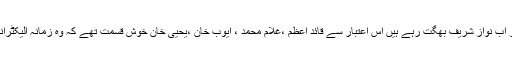
لیکن ایک بات قابل غور یہ ہے کہ الیکٹرانک میڈیا کو جس طرح پرویز مشرف،آصف علی زرداری اور اب نواز شریف بھگت رہے ہیں اس اعتبار سے قائد اعظم ،غلام محمد ، ایوب خان ،یحییٰ خان خوش قسمت تھے کہ وُہ زمانہ الیکٹرانک میڈیا اور اینکروں کا نہ تھا وگرنہ اُنکی بیماری کی خبریں خوب مرچ مسالہ لگا کر پیش کی جاتی ۔